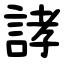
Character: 誟